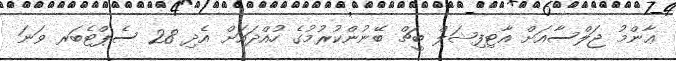
ޢާންމު ޖަލްސާއަށް އާޓިފިޝަލް ބީޗް ބޭނުންކުރުމުގެ ހުއްދައަށް އެދި 28 ސެޕްޓެބަރ ވަނަ